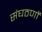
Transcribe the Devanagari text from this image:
संघठणों